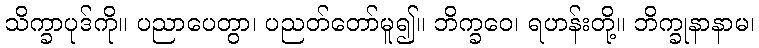
သိက္ခာပုဒ်ကို။ ပညာပေတွာ၊ ပညတ်တော်မူ၍။ ဘိက္ခဝေ၊ ရဟန်းတို့။ ဘိက္ခုနာနာမ၊